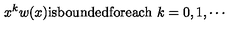
x ^ { k } w ( x ) \mathrm { i s b o u n d e d f o r e a c h } \ k = 0 , 1 , \cdots